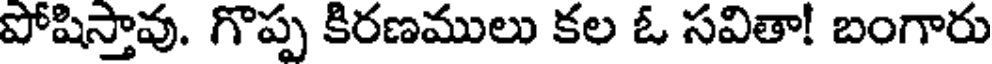
పోషిస్తావు. గొప్ప కిరణములు కల ఓ సవితా! బంగారు